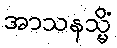
အာသနသ္မိံ